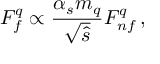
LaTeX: F _ { f } ^ { q } \propto \frac { \alpha _ { s } m _ { q } } { \sqrt { \hat { s } } } F _ { n f } ^ { q } \, ,